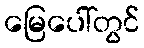
မြေပေါ်တွင်